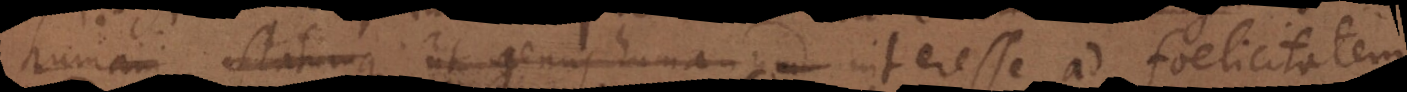
humani statumque ut genus humanum ad interesse ad foelicitatem